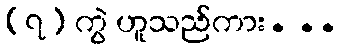
(၇) ကွဲ ဟူသည်ကား. ..